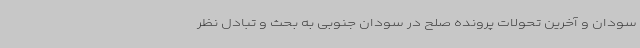
سودان و آخرین تحولات پرونده صلح در سودان جنوبی به بحث و تبادل نظر